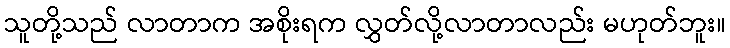
သူတို့သည် လာတာက အစိုးရက လွှတ်လို့လာတာလည်း မဟုတ်ဘူး။